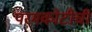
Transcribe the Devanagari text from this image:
परमकोटीची